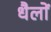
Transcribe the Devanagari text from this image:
धैलों